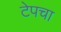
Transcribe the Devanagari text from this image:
टेपचा